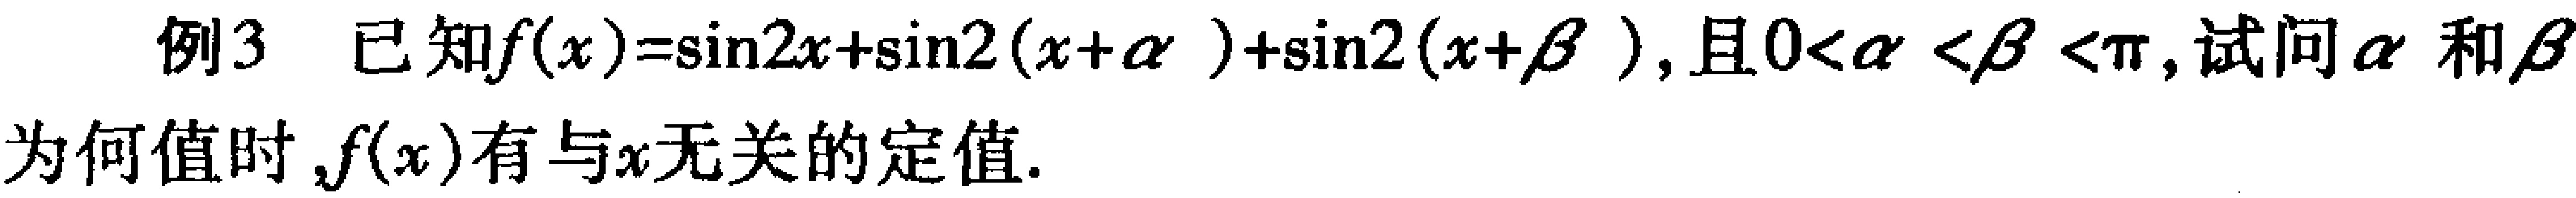
例3 已知\(f(x)=\sin2x+\sin2(x + \alpha)+\sin2(x + \beta)\)，且\(0<\alpha<\beta<\pi\)，试问\(\alpha\)和\(\beta\)
为何值时，\(f(x)\)有与\(x\)无关的定值.